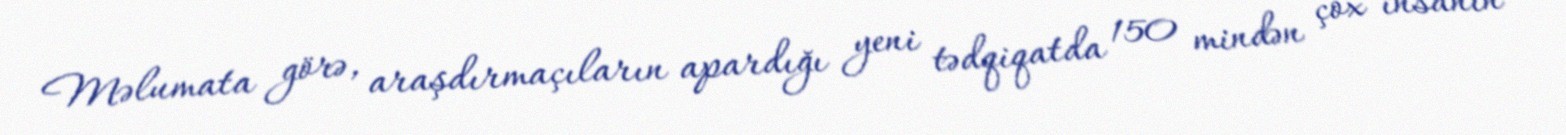
Məlumata görə, araşdırmaçıların apardığı yeni tədqiqatda 150 mindən çox insanın